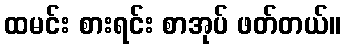
ထမင်း စားရင်း စာအုပ် ဖတ်တယ်။